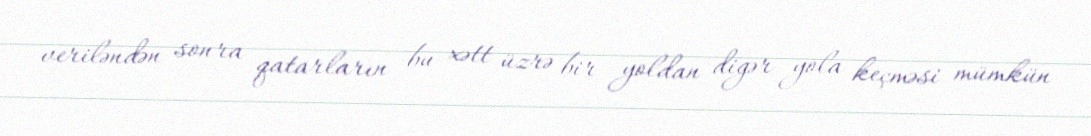
veriləndən sonra qatarların bu xətt üzrə bir yoldan digər yola keçməsi mümkün